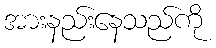
အားနည်းနေသည်ကို